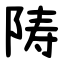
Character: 陦